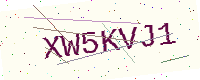
Text: XW5KVJ1